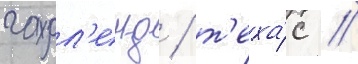
гарл'енд / т'еха́с //